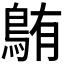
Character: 𫚸